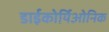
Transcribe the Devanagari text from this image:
डाईकोर्यिओनिक